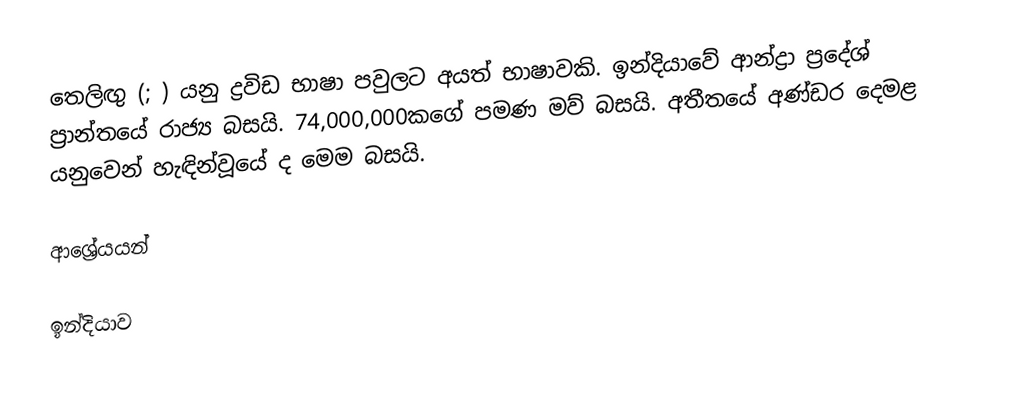
තෙලිඟු (;  ) යනු ද්‍රවිඩ භාෂා පවුලට අයත් භාෂාවකි. ඉන්දියාවේ ආන්ද්‍රා ප්‍රදේශ් ප්‍රාන්තයේ රාජ්‍ය බසයි. 74,000,000කගේ පමණ මව් බසයි. අතීතයේ අණ්ඩර දෙමළ යනුවෙන් හැඳින්වූයේ ද මෙම බසයි.

ආශ්‍රේයයන්

ඉන්දියාව